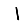
Digit: 1